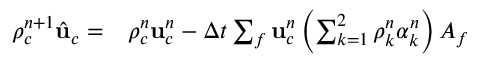
\begin{array} { r l } { \rho _ { c } ^ { n + 1 } \hat { \mathbf { u } } _ { c } = } & { { } \rho _ { c } ^ { n } \mathbf { u } _ { c } ^ { n } - \Delta t \sum _ { f } \mathbf { u } _ { c } ^ { n } \left( \sum _ { k = 1 } ^ { 2 } \rho _ { k } ^ { n } \alpha _ { k } ^ { n } \right) A _ { f } } \end{array}